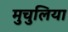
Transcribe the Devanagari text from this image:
मुचुलिया